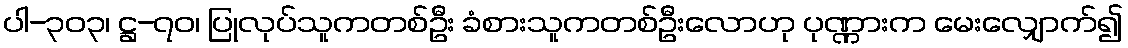
ပါ-၃၀၃၊ ဋ္ဌ-၇၀၊ ပြုလုပ်သူကတစ်ဦး ခံစားသူကတစ်ဦးလောဟု ပုဏ္ဏားက မေးလျှောက်၍